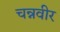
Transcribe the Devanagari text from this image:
चन्नवीर